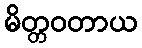
မိတ္တဝတာယ